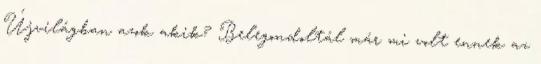
Újvilágban azok akik? Belegondoltál már mi volt ennek az